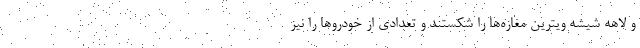
و لاهه شیشه ویترین مغازه‌ها را شکستند و تعدادی از خودرو‌ها را نیز